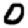
Digit: 0